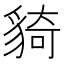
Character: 䝝